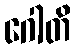
ဂေါတိ